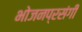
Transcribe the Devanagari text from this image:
भोजनप्रसंगी